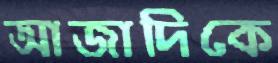
আজাদিকে